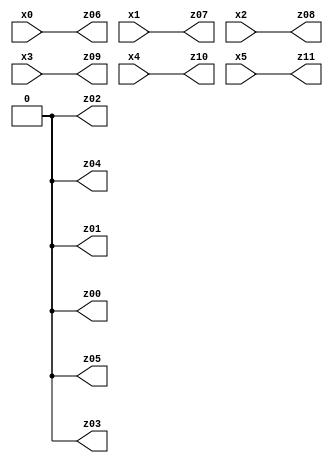
// Benchmark "X_26" written by ABC on Fri Jun 02 03:25:15 2023

module X_26 ( 
    x0, x1, x2, x3, x4, x5,
    z00, z01, z02, z03, z04, z05, z06, z07, z08, z09, z10, z11  );
  input  x0, x1, x2, x3, x4, x5;
  output z00, z01, z02, z03, z04, z05, z06, z07, z08, z09, z10, z11;
  assign z00 = 1'b0;
  assign z01 = 1'b0;
  assign z02 = 1'b0;
  assign z03 = 1'b0;
  assign z04 = 1'b0;
  assign z05 = 1'b0;
  assign z06 = x0;
  assign z07 = x1;
  assign z08 = x2;
  assign z09 = x3;
  assign z10 = x4;
  assign z11 = x5;
endmodule